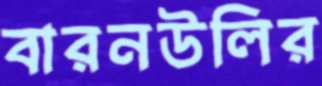
বারনউলির